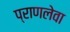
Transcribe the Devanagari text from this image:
प्राणलेवा